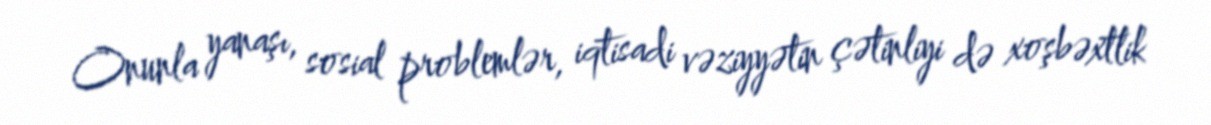
Onunla yanaşı, sosial problemlər, iqtisadi vəziyyətin çətinliyi də xoşbəxtlik